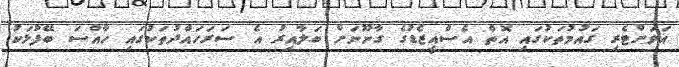
އަވަށްޓެރި ގައުމުތަކުގައި އޮތް އެސްއީޒެޑުގެ ގާނޫނަށް ބަލާއިރު އެ ސަރަހައްދުތަކުގައި ހާއްސަ ބޭފުޅަކު